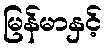
မြန်မာနှင့်